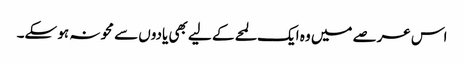
اس عرصے میں وہ ایک لمحے کے لیے بھی یادوں سے محو نہ ہو سکے۔